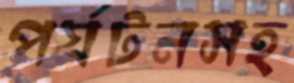
পর্যটনসহ